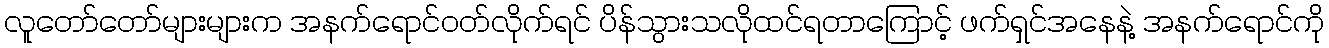
လူတော်တော်များများက အနက်ရောင်ဝတ်လိုက်ရင် ပိန်သွားသလိုထင်ရတာကြောင့် ဖက်ရှင်အနေနဲ့ အနက်ရောင်ကို